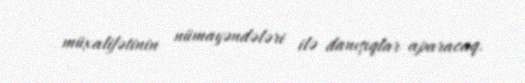
müxalifətinin nümayəndələri ilə danışıqlar aparacaq.